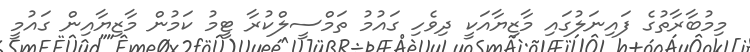
މިމުބާރާތުގެ ފައިނަލުގައި މާޒިޔާއަކީ ދިވެހި ގައުމު ތަމްސީލްކުރާ ޓީމު ކަމުން މާޒިޔާއިން ގައުމީ